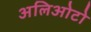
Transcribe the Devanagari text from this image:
अलिओटो